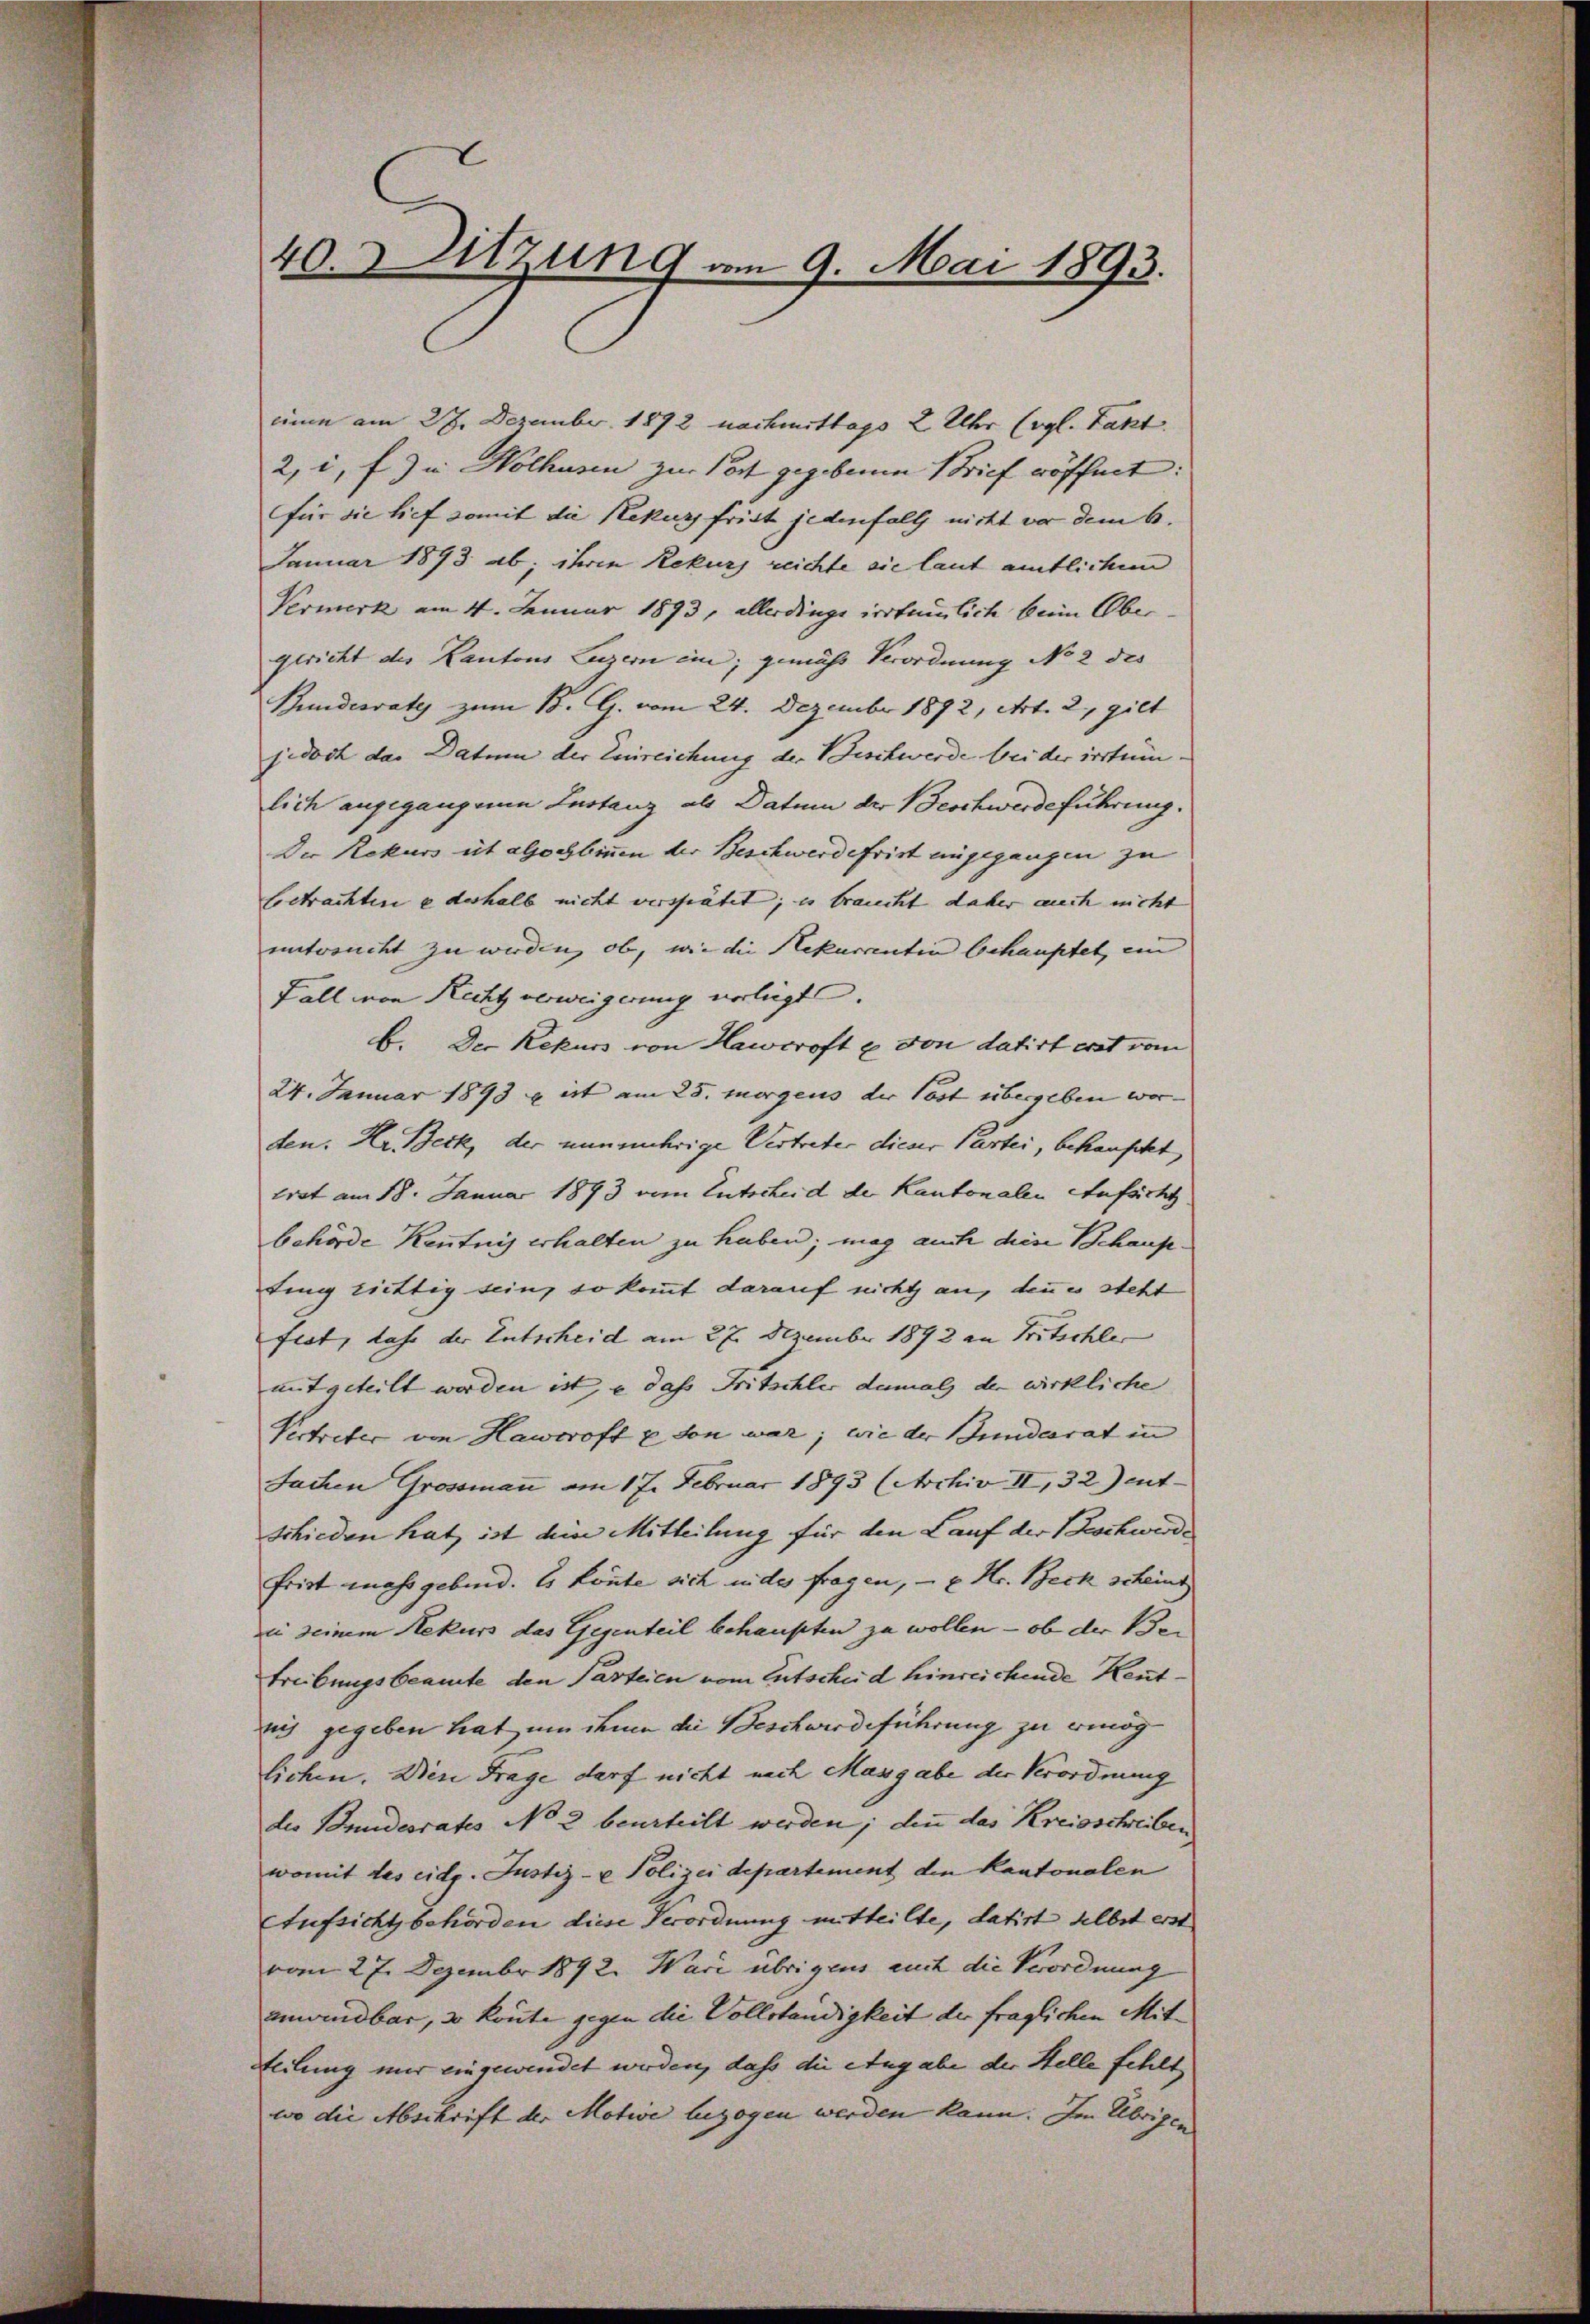
40. Sitzung vom 9. Mai 1893.

cium am 27. Dezember 1892 nachmittags 2 Uhr (vgl. Fakt
2, i. f.) in Holhusen zur Post gegebenen Brief röffnet:
für die tief somit die Rekurs frist jedenfalls nicht vor dem 6.
Januar 1893 ab; ihren Rekurs reichte sie laut amtlichem
Vermerk am 4. Januar 1893, allerdinge irrtümlich beim Ober-
gericht des Kantons Luzern em; gemäss Verordnung No 2 des
Bundesvate zum 18. G. vom 24. Dezember 1892, Art. 2, gilt
jedoch das Datum der Einreichung der Beschwerde bei der irrtumlich angegangenen Instanz als Datum der Beschwerdeführung.
Der Rekurs et alsochbinen der Beschwerdefrist angegangen zu
betrachten e deshalb nicht verspätet; es braucht daher auch nicht
entreucht zu werden, ob, wie die Rekurrentin behauptet, ein
Fall von Recht verweigerung verliegt.
b. Der Rekurs von Hawroft u. von datirt erst vom
24. Januar 1893 x ist am 25. Morgens der Post übergeben wor-
den. Kr. Beck, der nunmehrige Vertreter dieser Gartei, behaufett
trat am 18. Januar 1893 vom Entscheid der Kantonalen Aufsicht
behörde Kenntnis erhalten zu haben; mag auch diese Behaupting riettig sein, so kommt darauf nicht an, denn es steht
ftat, dass der Entscheid am 27. Dezember 1892 an Fritschle
mitgeteilt werden ist, e das Fritschler damals der wirkliche
Vertreter von Hawroft u son war; wie der Bundesrat in
Sachen Grossmann am 17. Februar 1893 (Archiv II, 32) ent-
schieden hat, ist dein Mitteilung für den Lauf der Beschwerde
frist massgebend. Es könnte sich inder fragen, - u. Hr. Beck scheint
zin seinem Rekurs das Gegenteil behaupten zu wollen – ob der Ve
treibungsbeamte den Parteien vom Entscheid hinreichende Kenntsich gegeben hat, um ihnen die Beschwerdeführung zu ermög
lichen. Dien Frage darf nicht nach Massgabe der Verordnung
die Bundesrates No 2 beurteilt werden; denn das Kreisschreiben
womit des eidg. Justiz- u Polizei departement den Kantonalen
Aufsicht behörden diese Verordnung mitteilte, datirt selbst erst
vom 27. Dezember 1892. Wari übrigens auch die Verordnung
umwendbar, so könnte gegen die Vollständigkeit der fraglichen Mitteilung mir eingewendet werden, dass die Angabe der Stelle fehlt,
wo die Abschrift der Motive bezogen werden kann. Im Übrigen